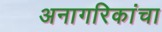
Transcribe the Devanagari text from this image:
अनागरिकांचा